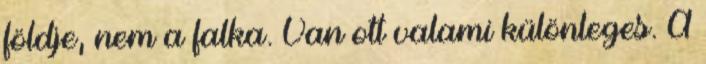
földje, nem a falka. Van ott valami különleges. A